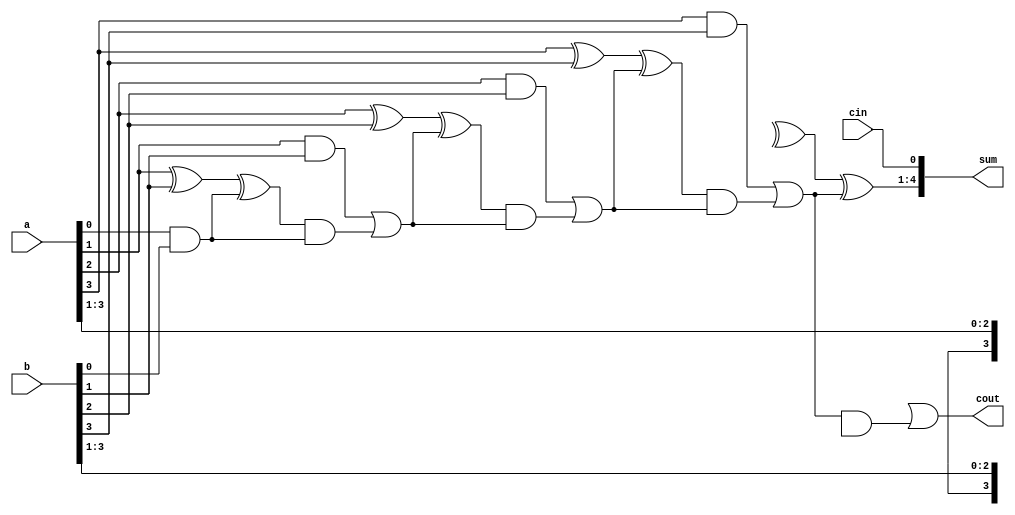
module carry_bypass_adder (
    input [N-1:0] a,
    input [N-1:0] b,
    input cin,
    output [N:0] sum,
    output cout
);

parameter N = 4;

wire [N:0] p;
wire [N:0] g;

assign p[0] = a[0] ^ b[0];
assign g[0] = a[0] & b[0];

genvar i;
generate
    for (i = 1; i < N; i = i + 1) begin : carry_logic
        assign p[i] = (a[i] ^ b[i]) ^ g[i-1];
        assign g[i] = (a[i] & b[i]) | (p[i] & g[i-1]);
    end
endgenerate

assign sum[0] = cin;
assign sum[1:N] = a[1:N] ^ b[1:N] ^ g[N-1];
assign cout = p[N] | (g[N-1] & (a[N] ^ b[N]));

endmodule